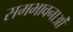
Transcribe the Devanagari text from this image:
समभावनाओं